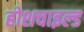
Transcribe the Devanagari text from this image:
होशचाइल्ड